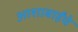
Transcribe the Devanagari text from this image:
आशाबाईंचे